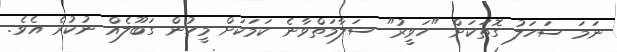
ނަމަ ސަހަލު ގޮތަކަށް "ހަވީރު" ސަލާމަތްވާނެ ކަމަކަށް މީހުން ގަބޫލެއް ނުކުރެ އެވެ.